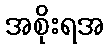
အစိုးရအ